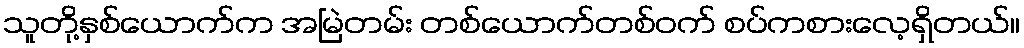
သူတို့နှစ်ယောက်က အမြဲတမ်း တစ်ယောက်တစ်ဝက် စပ်ကစားလေ့ရှိတယ်။